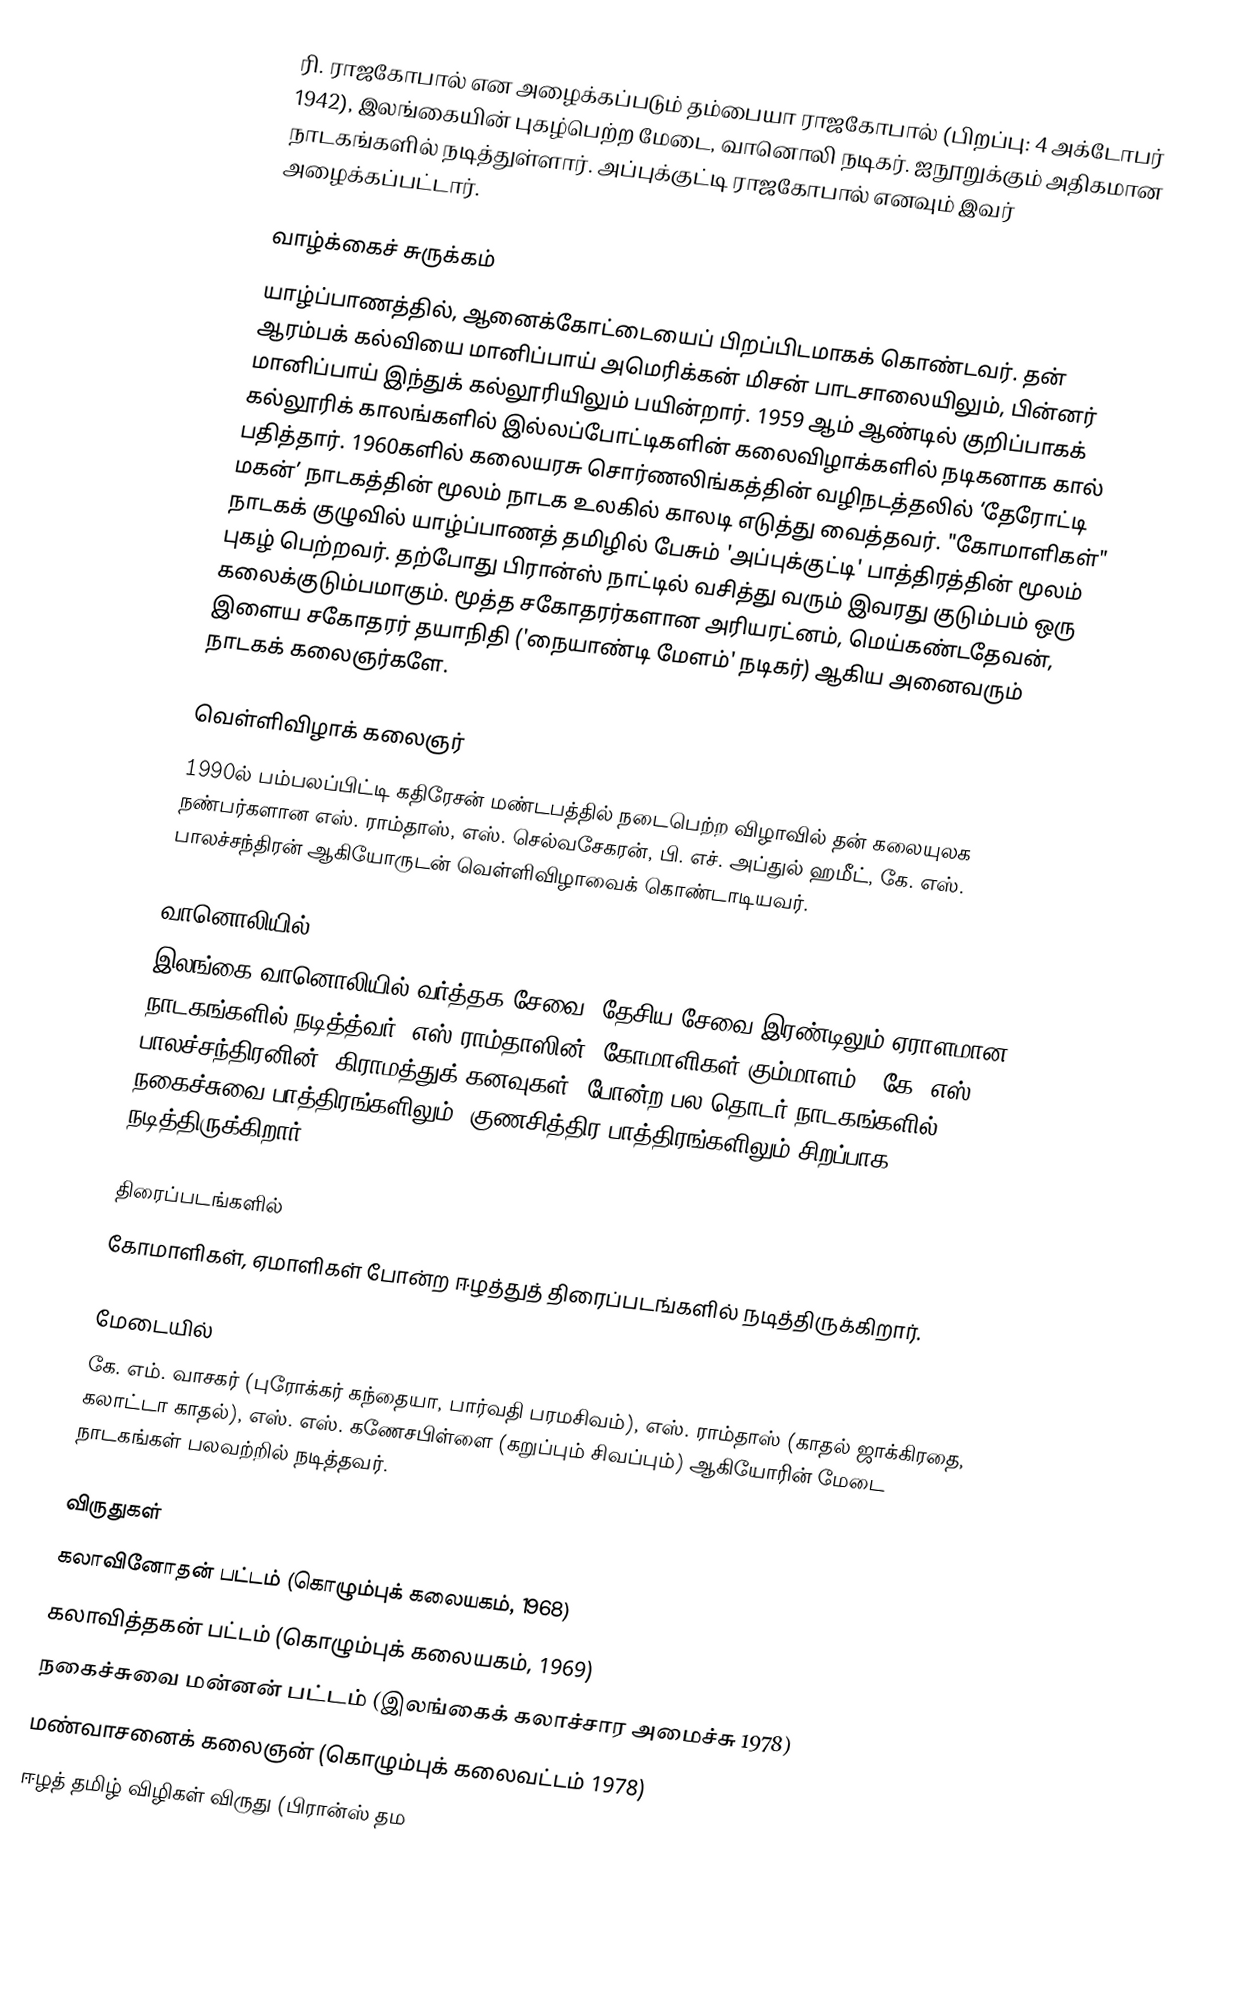
ரி. ராஜகோபால் என அழைக்கப்படும் தம்பையா ராஜகோபால் (பிறப்பு: 4 அக்டோபர் 1942), இலங்கையின் புகழ்பெற்ற மேடை, வானொலி நடிகர். ஐநூறுக்கும் அதிகமான நாடகங்களில் நடித்துள்ளார். அப்புக்குட்டி ராஜகோபால் எனவும் இவர் அழைக்கப்பட்டார்.

வாழ்க்கைச் சுருக்கம்
யாழ்ப்பாணத்தில், ஆனைக்கோட்டையைப் பிறப்பிடமாகக் கொண்டவர். தன் ஆரம்பக் கல்வியை மானிப்பாய் அமெரிக்கன் மிசன் பாடசாலையிலும், பின்னர் மானிப்பாய் இந்துக் கல்லூரியிலும் பயின்றார். 1959 ஆம் ஆண்டில் குறிப்பாகக் கல்லூரிக் காலங்களில் இல்லப்போட்டிகளின் கலைவிழாக்களில் நடிகனாக கால் பதித்தார். 1960களில் கலையரசு சொர்ணலிங்கத்தின் வழிநடத்தலில் ‘தேரோட்டி மகன்’ நாடகத்தின் மூலம் நாடக உலகில் காலடி எடுத்து வைத்தவர். "கோமாளிகள்" நாடகக் குழுவில் யாழ்ப்பாணத் தமிழில் பேசும் 'அப்புக்குட்டி' பாத்திரத்தின் மூலம் புகழ் பெற்றவர். தற்போது பிரான்ஸ் நாட்டில் வசித்து வரும் இவரது குடும்பம் ஒரு கலைக்குடும்பமாகும். மூத்த சகோதரர்களான அரியரட்னம், மெய்கண்டதேவன், இளைய சகோதரர் தயாநிதி ('நையாண்டி மேளம்' நடிகர்) ஆகிய அனைவரும் நாடகக் கலைஞர்களே.

வெள்ளிவிழாக் கலைஞர்
1990ல் பம்பலப்பிட்டி கதிரேசன் மண்டபத்தில் நடைபெற்ற விழாவில் தன் கலையுலக நண்பர்களான எஸ். ராம்தாஸ், எஸ். செல்வசேகரன், பி. எச். அப்துல் ஹமீட், கே. எஸ். பாலச்சந்திரன் ஆகியோருடன் வெள்ளிவிழாவைக் கொண்டாடியவர்.

வானொலியில்
இலங்கை வானொலியில் வர்த்தக சேவை, தேசிய சேவை இரண்டிலும் ஏராளமான நாடகங்களில் நடித்த்வர். எஸ்.ராம்தாஸின் 'கோமாளிகள் கும்மாளம்', கே. எஸ். பாலச்சந்திரனின்' கிராமத்துக் கனவுகள்' போன்ற பல தொடர் நாடகங்களில் நகைச்சுவை பாத்திரங்களிலும், குணசித்திர பாத்திரங்களிலும் சிறப்பாக நடித்திருக்கிறார்.

திரைப்படங்களில்
கோமாளிகள், ஏமாளிகள் போன்ற ஈழத்துத் திரைப்படங்களில் நடித்திருக்கிறார்.

மேடையில்
கே. எம். வாசகர் (புரோக்கர் கந்தையா, பார்வதி பரமசிவம்), எஸ். ராம்தாஸ் (காதல் ஜாக்கிரதை, கலாட்டா காதல்), எஸ். எஸ். கணேசபிள்ளை (கறுப்பும் சிவப்பும்) ஆகியோரின் மேடை நாடகங்கள் பலவற்றில் நடித்தவர்.

விருதுகள்
கலாவினோதன் பட்டம் (கொழும்புக் கலையகம், 1968)
கலாவித்தகன் பட்டம் (கொழும்புக் கலையகம், 1969)
நகைச்சுவை மன்னன் பட்டம் (இலங்கைக் கலாச்சார அமைச்சு 1978)
மண்வாசனைக் கலைஞன் (கொழும்புக் கலைவட்டம் 1978)
ஈழத் தமிழ் விழிகள் விருது (பிரான்ஸ் தம